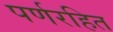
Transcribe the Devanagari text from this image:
पर्णरहित